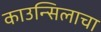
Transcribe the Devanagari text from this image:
काउन्सिलाचा